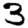
Digit: 3